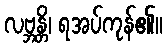
လဗ္ဘန္တိ၊ ရအပ်ကုန်၏။